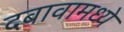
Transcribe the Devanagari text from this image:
दबावामध्ये